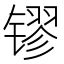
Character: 镠